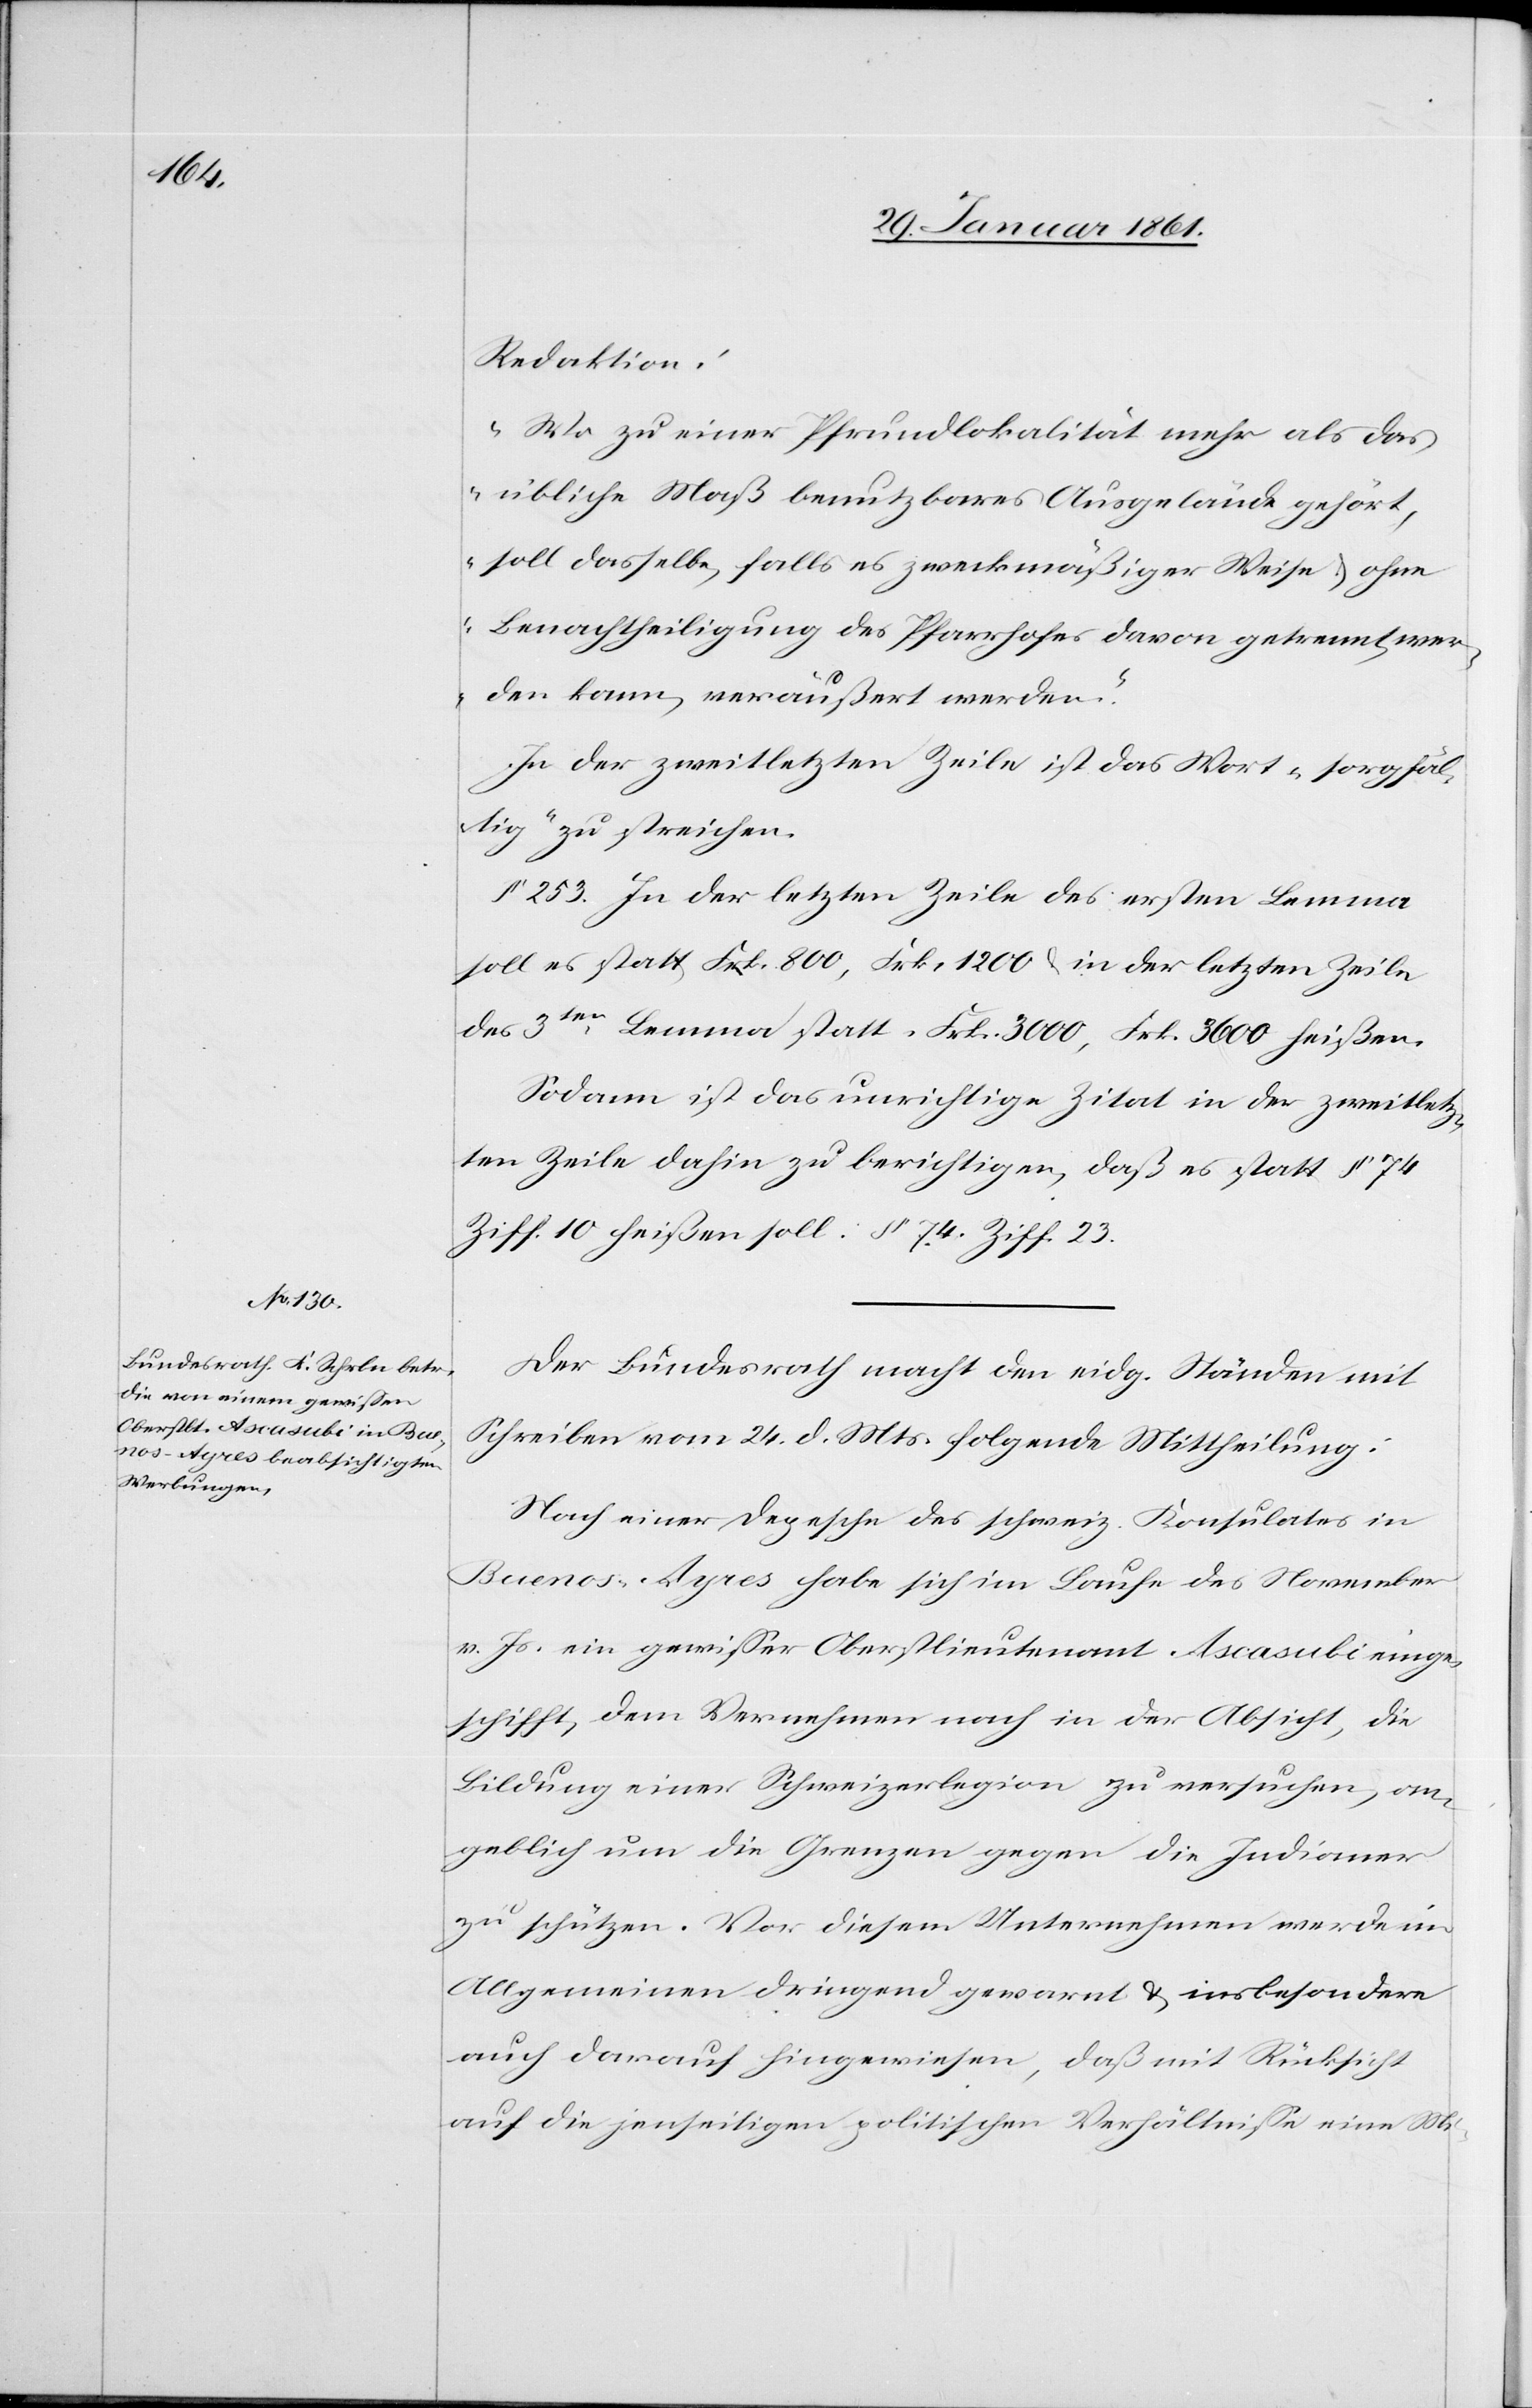
Redaktion:
„Wo zu einer Pfundlokalität mehr als das
übliche Maß benutzbares Ausgelände gehört,
soll dasselbe, falls es zweckmäßigerweise u. ohne
Benachtheiligung des Pfarrhauses davon getrennt wer¬
den kann, veräußert werden.“
In der zweitletzten Zeile ist das Wort „sorgfäl¬
tig“ zu streichen.
§. 253. In der letzten Zeile des ersten Lemma
soll es statt Frk. 800, Frk. 1200 u. in der letzten Zeile
des 3ten Lemma statt Frk. 3000, Frk. 3600 heißen.
Sodann ist das unrichtige Zitat in der zweitletz¬
ten Zeile dahin zu berichtigen, daß es statt §. 74
Ziff. 10 heißen soll: §. 74 Ziff. 23.
Der Bundesrath macht den eidg. Ständen mit
Schreiben vom 24. d. Mts. folgende Mittheilung:
Nach einer Depesche des schweiz. Konsulates in
Buenos-Ayres habe sich im Laufe des November
v. Js. ein gewisser Oberstlieutenant Ascasubi einge¬
schifft, dem Vernehmen nach in der Absicht, die
Bildung einer Schweizerlegion zu ersuchen, an¬
geblich um die Grenzen gegen die Indianer
zu schützen. Vor diesem Unternehmen werde im
Allgemeinen dringend gewarnt, u. insbesondere
auch darauf hingewiesen, daß mir Rücksicht
auf die jenseitigen politischen Verhältnisse eine Mi-